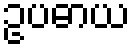
ဥပဓာယ